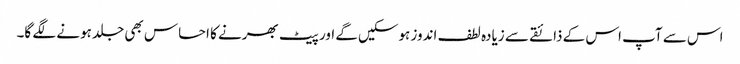
اس سے آپ اس کے ذائقے سے زیادہ لطف اندوز ہوسکیں گے اور پیٹ بھرنے کا احساس بھی جلد ہونے لگے گا۔